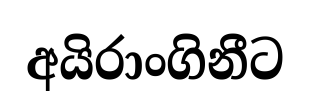
අයිරාංගිනීට